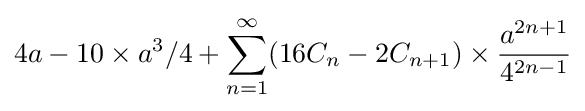
4a-10\times a^{3}/4+\sum _{n=1}^{\infty }(16C_{n}-2C_{n+1})\times {\frac {a^{2n+1}}{4^{2n-1}}}